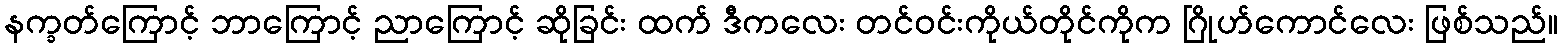
နက္ခတ်ကြောင့် ဘာကြောင့် ညာကြောင့် ဆိုခြင်း ထက် ဒီကလေး တင်ဝင်းကိုယ်တိုင်ကိုက ဂြိုဟ်ကောင်လေး ဖြစ်သည်။